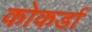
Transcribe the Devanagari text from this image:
कोकर्डा